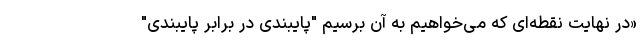
«در نهایت نقطه‌ای که می‌خواهیم به آن برسیم "پایبندی در برابر پایبندی"